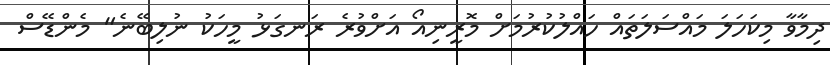
ދިމާވާ މިކަހަލަ މައްސަލަތައް ހައްލުކުރުމަށް މޮރީނިއޯ އަށްވުރެ ރަނގަޅު މީހަކު ނުލިބޭނެ" މެންޑޭސް